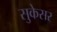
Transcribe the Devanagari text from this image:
सुकेसर